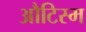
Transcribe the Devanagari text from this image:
औटिस्म